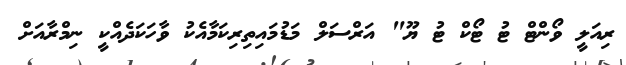
ރިއަލީ ވޯންޓް ޓު ޓޯކް ޓު ޔޫ" އަރްސަލް މަޑުމައިތިރިކަމާއެކު ވާހަކަދެއްކީ ނިމްރާއަށް